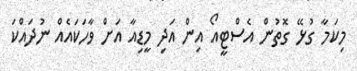
މިކަމާ ގުޅޭ ގޮތުން އެސްޓީއޯ އިން އަދި މީޑިއާ އަށް ވާހަކައެއް ނުދައްކަ